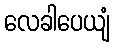
လေခါပေယျံ